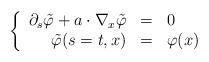
LaTeX: \begin{align*}\label[Ieq]{eq:modifiedphi} \left\{ \begin{array}{rcl} \partial_s\tilde{\varphi}+a\cdot\nabla_x\tilde{\varphi}&=&0\\ \tilde{\varphi}(s=t,x)&=&\varphi(x) \end{array} \right.\end{align*}